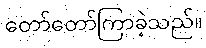
တော်တော်ကြာခဲ့သည်။